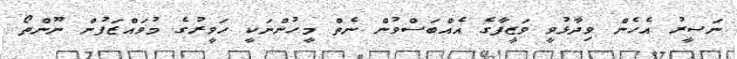
ނަސީރު އެހެން ވިދާޅުވީ ވަޒީފާގެ އެއްބަސްވުން ނެތް މީހުންނަކީ ހަވީރުގެ މުވައްޒަފުން ނޫންތޯ